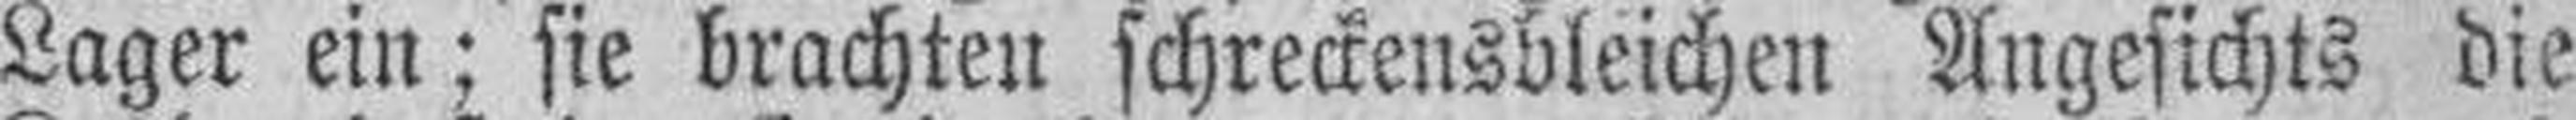
Lager ein; sie brachten schreckensbleichen Angesichts die